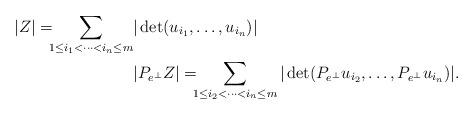
LaTeX: \begin{align*}|Z|=\!\!\!\sum_{1\le i_1<\cdots<i_n \le m}&|\det(u_{i_1},\dots,u_{i_n})|\\&|P_{e^\bot}Z|=\!\!\!\sum_{1\le i_2<\cdots<i_n\le m}|\det(P_{e^\bot}u_{i_2},\dots,P_{e^\bot}u_{i_n})|.\end{align*}